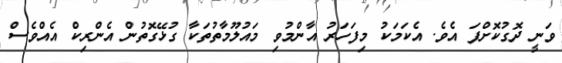
ވަނީ ދޮގުކޮށްފަ އެވެ. އެކަމަކު މިފަހަރު އާންމުވި މައުލޫމާތުތަކާ ގުޅޭގޮތުން އެންރިކް އެއްވެސް